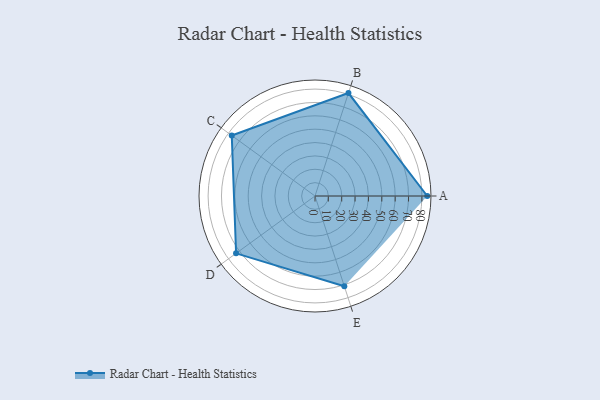
{"axis": {"x": "Skill", "y": "Score"}, "legend": ["Profile"], "data": [{"x": "A", "y": 84.0, "type": "Profile"}, {"x": "B", "y": 81.0, "type": "Profile"}, {"x": "C", "y": 77.0, "type": "Profile"}, {"x": "D", "y": 73.0, "type": "Profile"}, {"x": "E", "y": 71.0, "type": "Profile"}]}